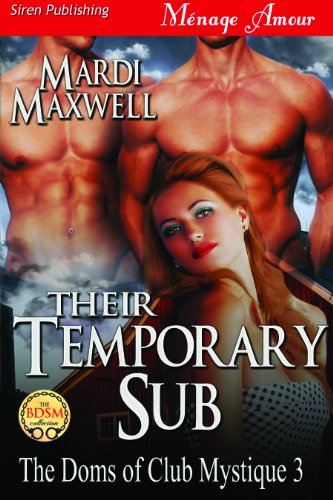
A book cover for Their Temporary Sub [The Doms of Club Mystique 3] (Siren Publishing Menage Amour) (The Doms of Club Mystique: Menage Amour); Mardi Maxwell; Romance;